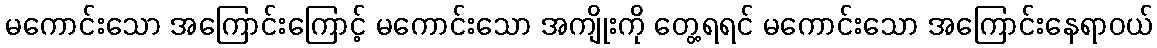
မကောင်းသော အကြောင်းကြောင့် မကောင်းသော အကျိုးကို တွေ့ရရင် မကောင်းသော အကြောင်းနေရာဝယ်